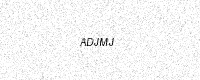
Text: ADJMJ